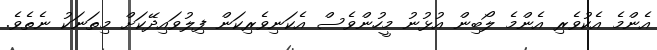
އެންމެ އެކުވެރި އެންމެ ލޯބިން އުޅުނު މީހުންވެސް އެކަނިވެރިކަން ފިލުވައިދޭކަށް މިތަނަކު ނެތެވެ.